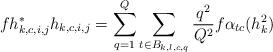
LaTeX: \begin{align*}fh_{k,c,i,j}^* h_{k,c,i,j}&= \sum_{q=1}^Q \sum_{t\in B_{k,l,c,q}} \frac{q^2}{Q^2} f\alpha_{tc} (h_k^2 )\end{align*}